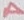
Text: A